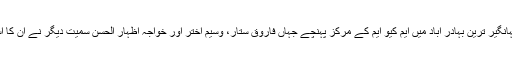
بعدازاں جہانگیر ترین بہادر آباد میں ایم کیو ایم کے مرکز پہنچے جہاں فاروق ستار، وسیم اختر اور خواجہ اظہار الحسن سمیت دیگر نے ان کا استقبال کیا۔